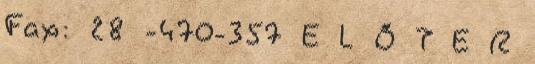
Fax: 28 -470-357 E L Ő T E R